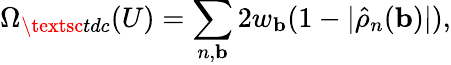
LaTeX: \Omega_{\textsc{tdc}}(U)=\sum_{n,\mathbf{b}}2w_{\mathbf{b}}(1-|\hat{\rho}_{n}(\mathbf{b})|),